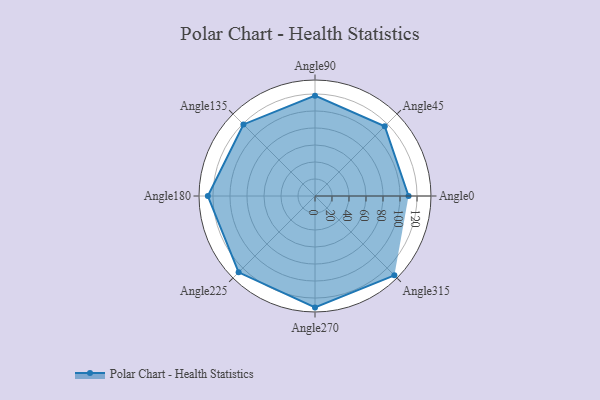
{"axis": {"x": "Angle", "y": "Radius"}, "legend": [""], "data": [{"x": "Angle0", "y": 110.0, "type": ""}, {"x": "Angle45", "y": 116.0, "type": ""}, {"x": "Angle90", "y": 118.0, "type": ""}, {"x": "Angle135", "y": 119.0, "type": ""}, {"x": "Angle180", "y": 126.0, "type": ""}, {"x": "Angle225", "y": 127.0, "type": ""}, {"x": "Angle270", "y": 131.0, "type": ""}, {"x": "Angle315", "y": 132.0, "type": ""}]}